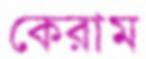
কেরাম